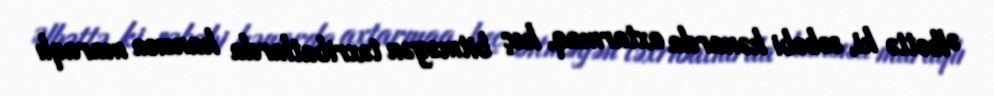
Əlbəttə ki, səbəbi kənarda axtarmaq, heç bitməyən təxribatlarda hansısa maraqlı